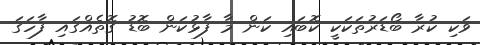
ވަކި ކުރާ ބޯޑަރުތަކަކީ ކޮބައި ކަން މާ ފާޅުކަން ބޮޑު ގޮތެއްގައި ފާހަގަ